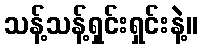
သန့်သန့်ရှင်းရှင်းနဲ့။